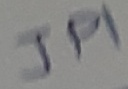
Text: JPI